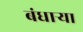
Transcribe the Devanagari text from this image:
बंधाऱ्या